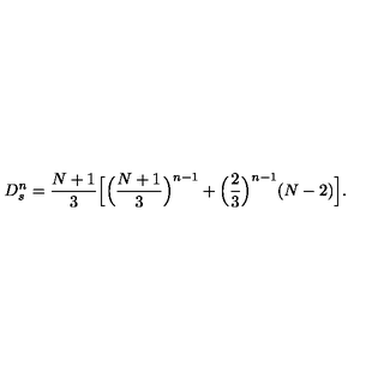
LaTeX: D _ { s } ^ { n } = \frac { N + 1 } { 3 } \Bigl [ \Bigl ( \frac { N + 1 } { 3 } \Bigr ) ^ { n - 1 } + \Bigl ( \frac { 2 } { 3 } \Bigr ) ^ { n - 1 } ( N - 2 ) \Bigr ] .